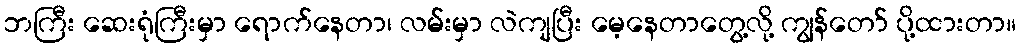
ဘကြီး ဆေးရုံကြီးမှာ ရောက်နေတာ၊ လမ်းမှာ လဲကျပြီး မေ့နေတာတွေ့လို့ ကျွန်တော် ပို့ထားတာ။